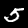
Label: 5